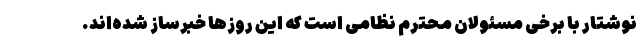
نوشتار با برخی مسئولان محترم نظامی است که این روزها خبرساز شده‌اند.